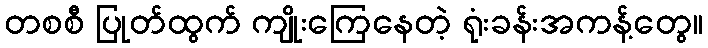
တစစီ ပြုတ်ထွက် ကျိုးကြေနေတဲ့ ရုံးခန်းအကန့်တွေ။